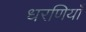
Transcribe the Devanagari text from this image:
धरणियाँ